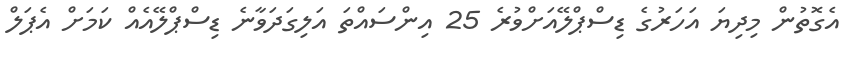
އެގޮތުން މިދިޔަ އަހަރުގެ ޑިސްޕްލޭއަށްވުރެ 25 އިންސައްތަ އަލިގަދަވާނެ ޑިސްޕްލޭއެއް ކަމަށް އެޕަލް